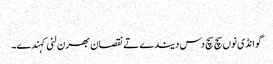
‏
گوانڈی نوں سچ سچ دس دیندے تے نقصان بھرن لئی کہندے۔